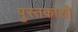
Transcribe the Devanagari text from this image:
पुस्तकाशी